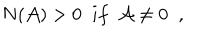
N ( { \cal A } ) > 0 \; \; i f \; \; { \cal A } \neq 0 \; \; ,